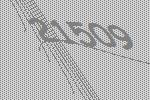
21509